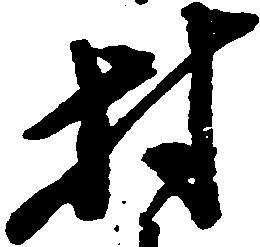
村